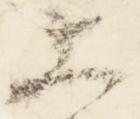
上